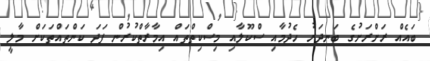
ބައެއް ރަށްރަށުގެ ބަނދަރު ހެދުމާއި ސްކޫލާއި މިސްކިތްތައް އިމާރާތްކުރުން ފަދަ ކަންތައްތަކަށް މާލީ